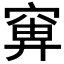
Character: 𬔍